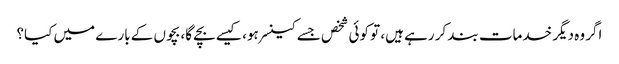
اگر وہ دیگر خدمات بند کر رہے ہیں، تو کوئی شخص جسے کینسر ہو، کیسے بچے گا، بچوں کے بارے میں کیا؟